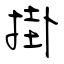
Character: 掛